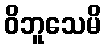
ဝိဘူသေမိ